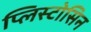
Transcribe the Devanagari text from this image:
प्लिस्टोसिन